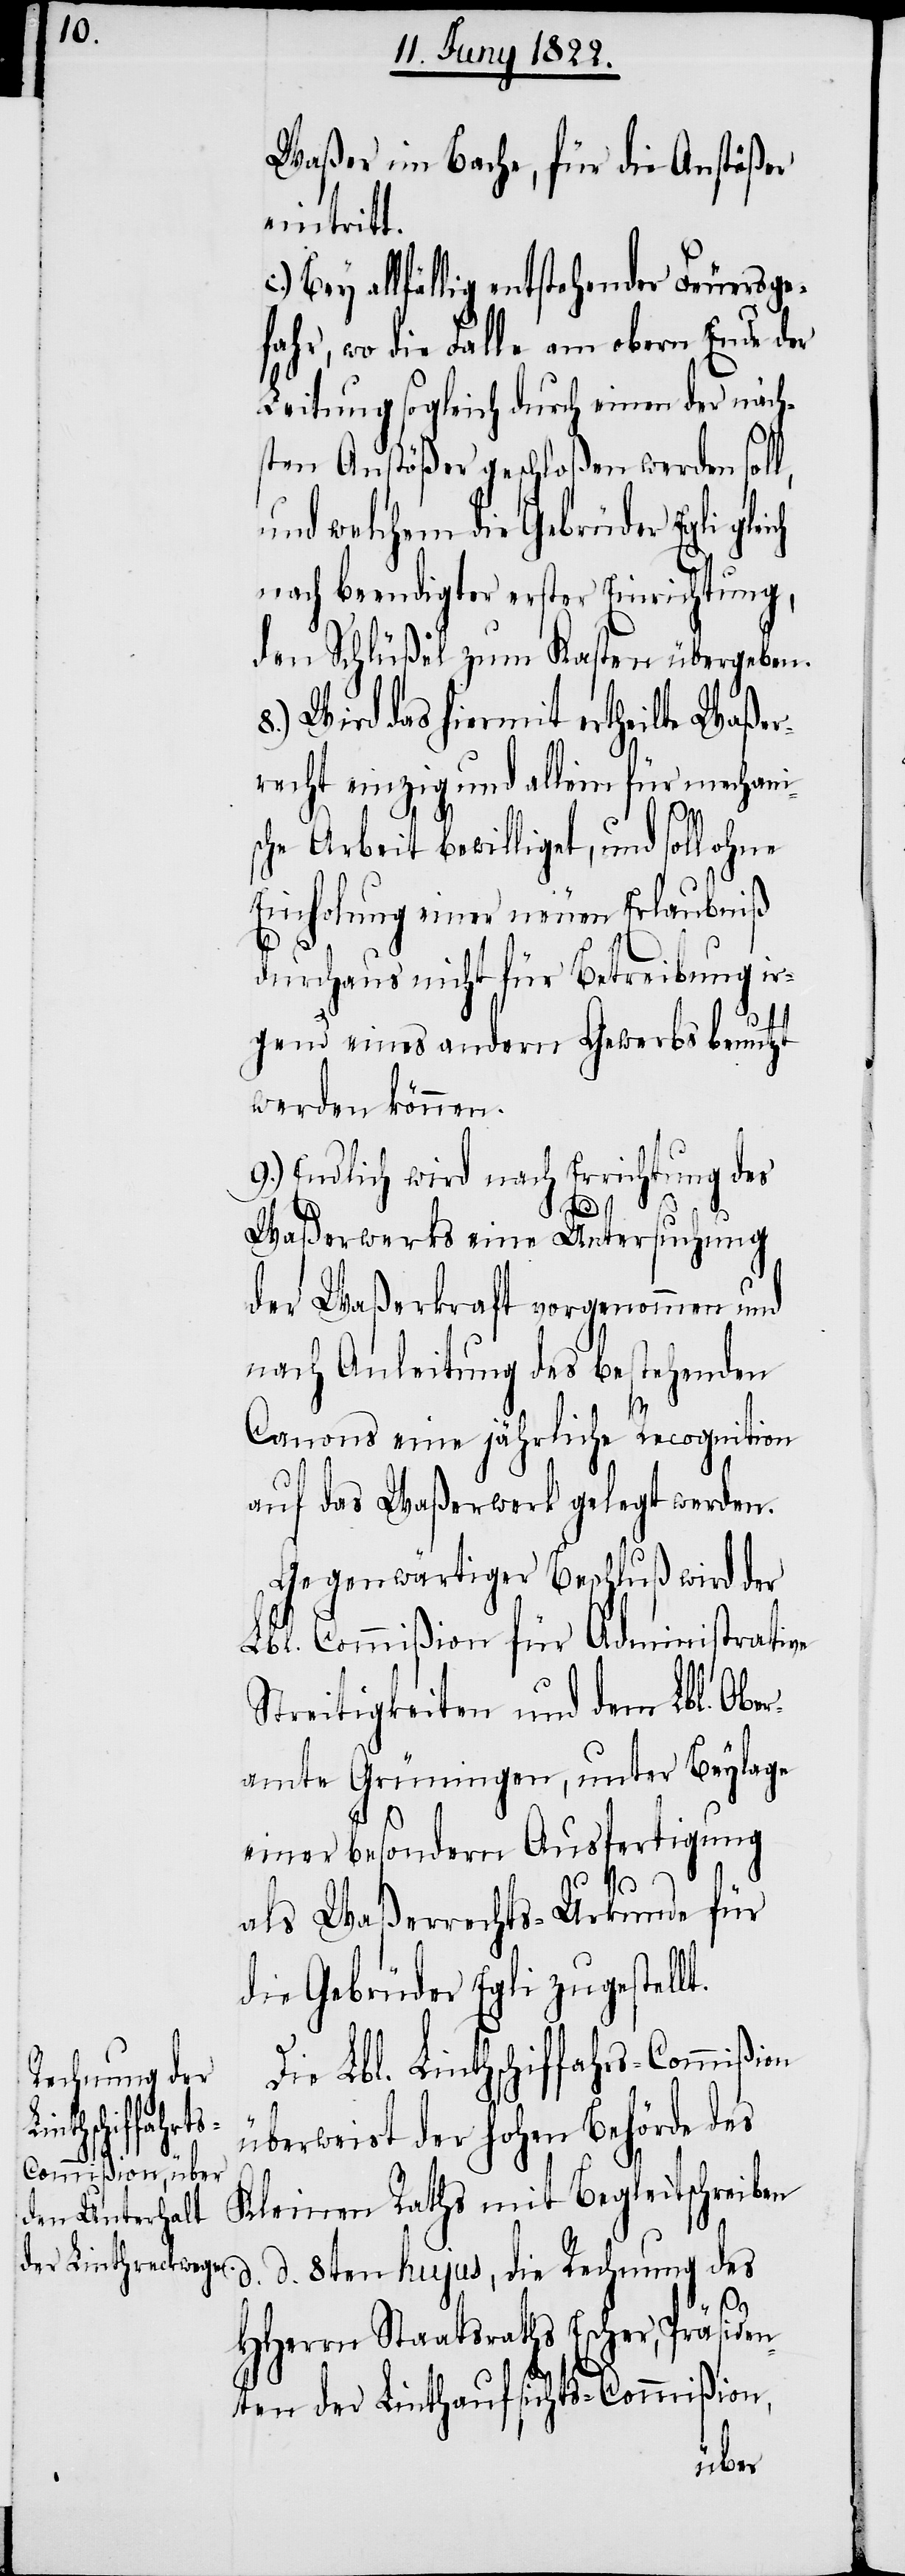
Waßer im Bache, für die Anstößer
eintritt.
c.) Bey allfällig entstehender Feuersge¬
fahr, wo die Falle am obern Ende der
Leitung sogleich durch einen der näch¬
sten Anstößer geschloßen werden soll,
und welchem die Gebrüder Egli glei¬
nach beendigter erster Einrichtung,
den Schlüßel zum Kasten übergeben.
Wird das hiermit ertheilte Waße¬
rrecht einzig und allein für mechani¬
sche Arbeit bewilliget, und soll ohne
Einholung einer neuen Erlaubniß
ch
durchaus nicht für Betreibung ir¬
gend eines andern Gewerbs benutzt
werden können.
9.) Endlich wird nach Einrichtung des
Waßerwerks eine Untersuchung
der Waßerkraft vorgenommen und
nach Anleitung des bestehenden
Canons eine jährliche Recognition
auf das Waßerwerk gelegt werden.
Gegenwärtiger Beschluß wird der
Lbl. Commißion für Administrative
Streitigkeiten und dem Lbl. Ober¬
amte Grüningen, unter Beylage
einer besondern Ausfertigung
als Waßerrechts-Urkunde für
die Gebrüder Egli zugestell¬
Die Lbl. Linthschiffahrts-Commißion
überweist der Hohen Behörde des
Kleinen Raths mit Begleitschreiben
d. d. 8ten hujus, die Rechnung des
t.
HHerrn Staatsraths Escher, Präsiden¬
ten der Linthaufsichts-Commißion,